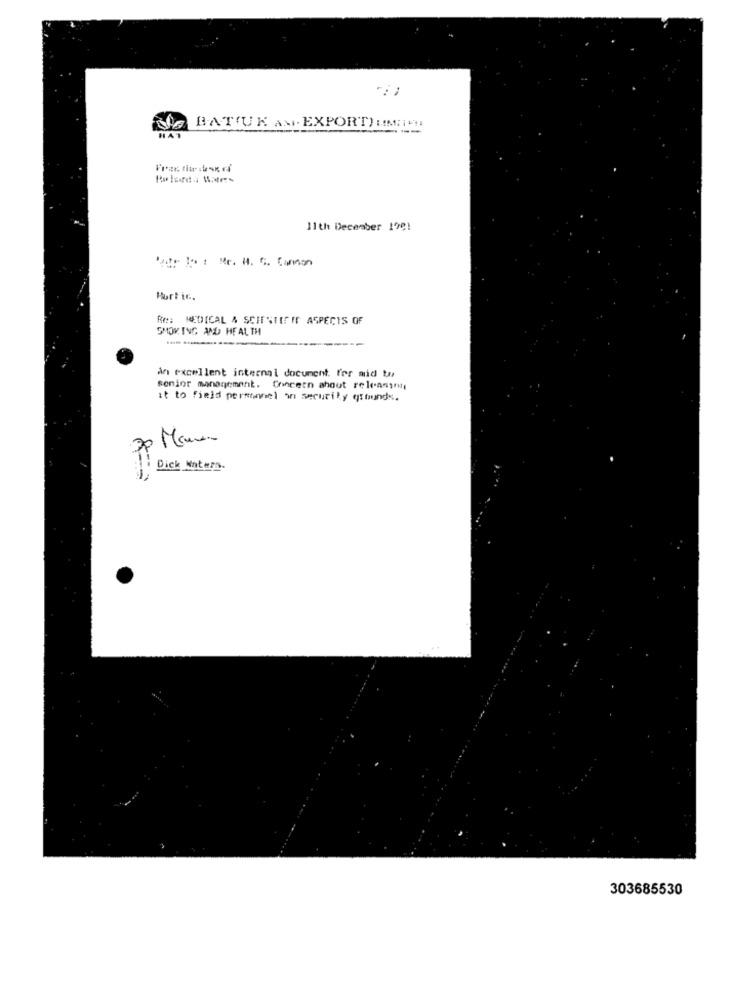
BATIUK AM. EXPORT) UMILI
11th December 199!
Podr Io : Mr. H. C. Cannon
Hortic.
MEDICAL & SCIENTIFIC ASPECTS OF
SMOKING AND HEALTH
an excellent internal document. for mid te,
senior management. Concern about releasing
it to field personnel in security grounds.
Dick Waters.
303685530